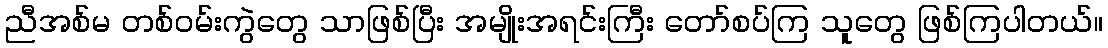
ညီအစ်မ တစ်ဝမ်းကွဲတွေ သာဖြစ်ပြီး အမျိုးအရင်းကြီး တော်စပ်ကြ သူတွေ ဖြစ်ကြပါတယ်။